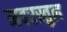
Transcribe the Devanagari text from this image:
मदरस्तुल